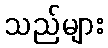
သည်များ